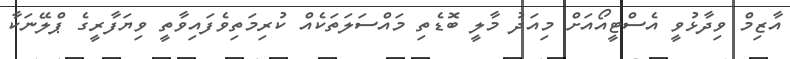
އާޒިމް ވިދާޅުވީ އެސްޓީއޯއަށް މިއަދު މާލީ ބޮޑެތި މައްސަލަތަކެއް ކުރިމަތިވެފައިވާތީ ވިޔަފާރީގެ ޕްލޭނަކާ